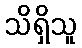
သိရှိသူ